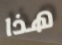
هذا